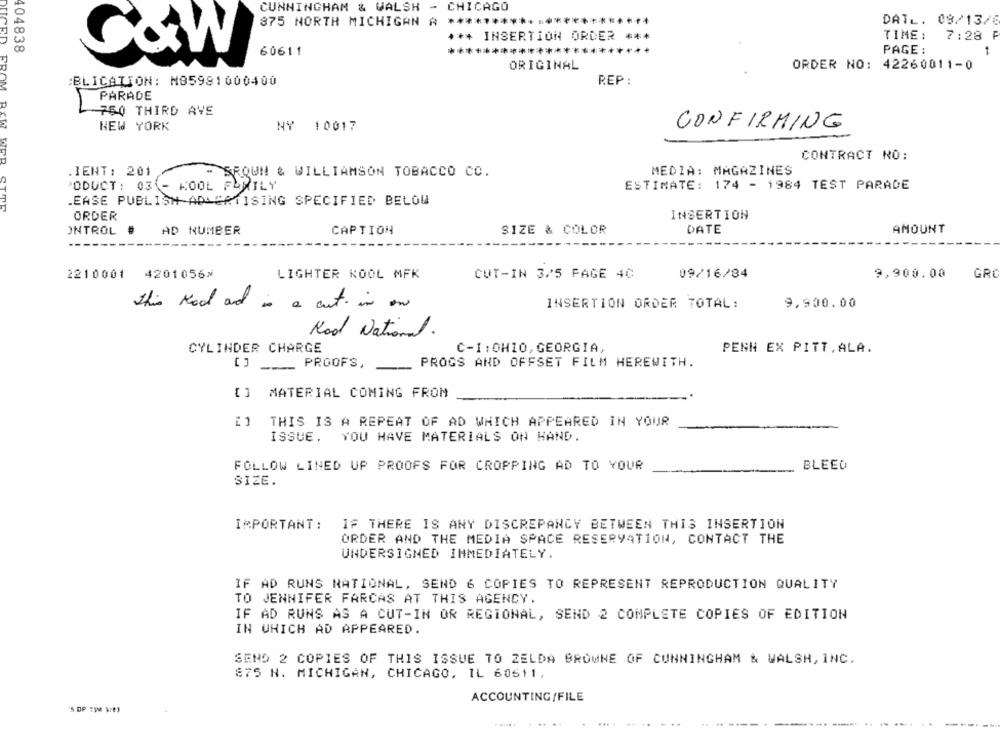
CUNNINGHAM & WALSH - CHICAGO
875 NORTH MICHIGAN A ***********************
DATL. 08/13/8
*** INSERTION ORDER
***
TIME:
7:28 F
404838
C&W
60611
***
*******************
PAGE :
-
ORIGINAL
ORDER NO: 42260011-0
:BLICATION: M85981000400
REP:
PARADE
750 THIRD AVE
NEW YORK
NY 10017
CONFIRMING
CONTRACT NO:
.IENT: 201
- SROWN & WILLIAMSON TOBACCO CO.
MEDIA: MAGAZINES
ODUCT: 03 - KOOL FAMILY
ESTIMATE: 174 - 1984 TEST PARADE
.EASE PUBLISH ADLERTISING SPECIFIED BELOW
JUICED FROM BAW WER STOR
ORDER
INSERTION
ONTROL
.
AD NUMBER
CAPTION
SIZE & COLOR
DATE
AMOUNT
2210001
4201056*
LIGHTER KOOL MFK
CUT-IN 3/5 PAGE 4C
09/16/84
9,900.00
GRO
this Rod and is a cut in on
INSERTION ORDER TOTAL:
9,900.00
Rod National.
CYLINDER CHARGE
C-1:OHIO, GEORGIA,
PENN EX PITT,ALA.
[] ____ PROOFS,
PROGS AND OFFSET FILM HEREWITH.
MATERIAL COMING FROM
[] THIS IS A REPEAT OF AD WHICH APPEARED IN YOUR
ISSUE. YOU HAVE MATERIALS ON HAND.
FOLLOW LINED UP PROOFS FOR CROPPING AD TO YOUR
BLEED
SIZE.
IMPORTANT :
IF THERE IS ANY DISCREPANCY BETWEEN THIS INSERTION
ORDER AND THE MEDIA SPACE RESERVATION, CONTACT THE
UNDERSIGNED IMMEDIATELY.
IF AD RUNS NATIONAL, SEND 6 COPIES TO REPRESENT REPRODUCTION QUALITY
TO JENNIFER FARCAS AT THIS AGENCY.
IF AD RUNS AS A CUT-IN OR REGIONAL, SEND 2 COMPLETE COPIES OF EDITION
IN WHICH AD APPEARED.
SEND 2 COPIES OF THIS ISSUE TO ZELDA BROWNE OF CUNNINGHAM & WALSH, INC.
875 H. MICHIGAN, CHICAGO, IL 60511.
ACCOUNTING/FILE
"S DP 750 Bres
---
... .